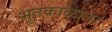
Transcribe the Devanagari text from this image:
भुतकाळाला